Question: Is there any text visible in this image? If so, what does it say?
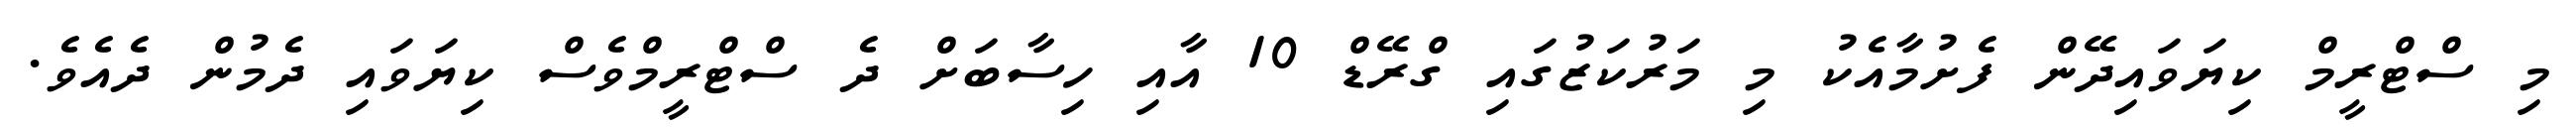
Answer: މި ސްޓްރީމް ކިޔަވައިދޭން ފެށުމާއެކު މި މަރުކަޒުގައި ގްރޭޑް 10 އާއި ހިސާބަށް ދެ ސްޓްރީމްވެސް ކިޔަވައި ދެމުން ދެއެވެ.